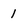
Character: 1